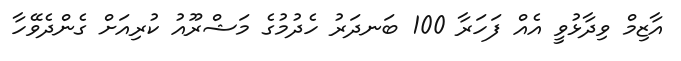
އާޒިމް ވިދާޅުވީ އެއް ފަހަރާ 100 ބަނދަރު ހެދުމުގެ މަޝްރޫއު ކުރިއަށް ގެންދެވޭހާ